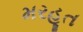
મરહૂત